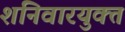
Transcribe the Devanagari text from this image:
शनिवारयुक्त